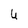
Character: U